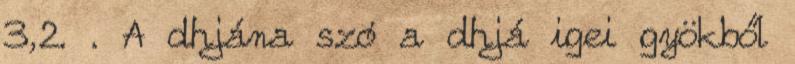
3,2. . A dhjána szó a dhjá igei gyökből